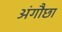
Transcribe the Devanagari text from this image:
अंगौछा